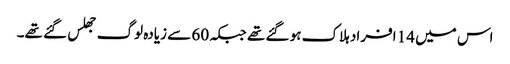
اس میں 14 افراد ہلاک ہو گئے تھے جبکہ 60 سے زیادہ لوگ جھلس گئے تھے۔